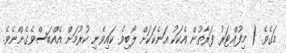
މަގެވެ. ( މިފުއްޓަރު ފަރާތުން އެކަކު އަނެކަކަށް ލޯބިވެ ކައިވެނި ކުރުމަށް އެއްބަސްވެގެންނެވެ.